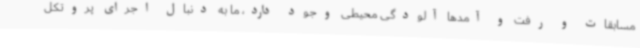
مسابقات و رفت و آمدها آلودگی محیطی وجود دارد، ما به دنبال اجرای پروتکل